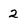
Character: 2